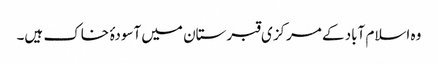
وہ اسلام آباد کے مرکزی قبرستان میں آسودۂ خاک ہیں۔